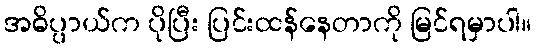
အဓိပ္ပာယ်က ပိုပြီး ပြင်းထန်နေတာကို မြင်ရမှာပါ။